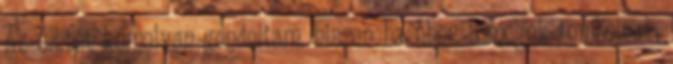
Az életét komolyan gondoltam, hiszen ha éhes tömegek tombolnak,